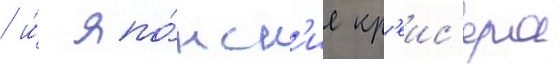
/ и́ япо́нск'ие кр'еис'ера